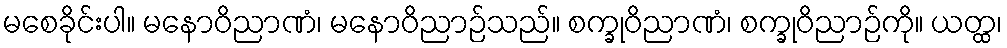
မစေခိုင်းပါ။ မနောဝိညာဏံ၊ မနောဝိညာဉ်သည်။ စက္ခုဝိညာဏံ၊ စက္ခုဝိညာဉ်ကို။ ယတ္ထ၊